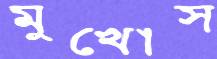
মুখোস